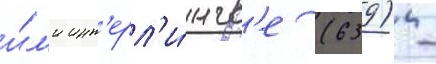
и́л'и инт'ерл'и́нгв'е (639) -